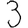
Digit: 3